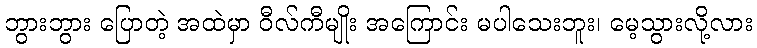
ဘွားဘွား ပြောတဲ့ အထဲမှာ ဝီလ်ကီမျိုး အကြောင်း မပါသေးဘူး၊ မေ့သွားလို့လား